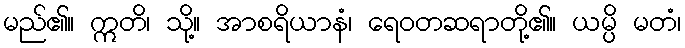
မည်၏။ ဣတိ၊ သို့။ အာစရိယာနံ၊ ရေဝတဆရာတို့၏။ ယမ္ပိ မတံ၊